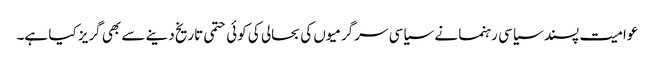
عوامیت پسند سیاسی رہنما نے سیاسی سرگرمیوں کی بحالی کی کوئی حتمی تاریخ دینے سے بھی گریز کیا ہے۔